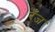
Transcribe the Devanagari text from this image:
रँज